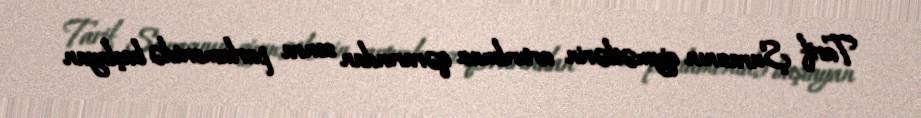
Tarif Şurasının qiymətlərin artırılması qərarından sonra parlamentdə başlayan